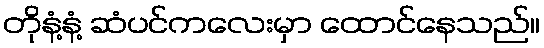
တိုနံ့နံ့ ဆံပင်ကလေးမှာ ထောင်နေသည်။